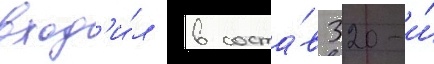
вход'и́л в соста́в 320-и́